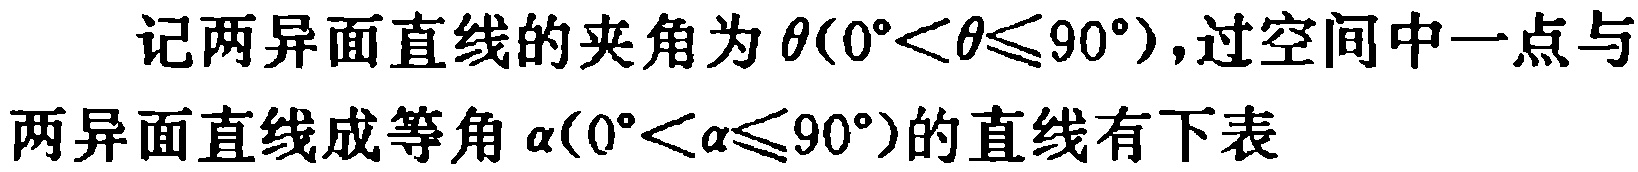
记两异面直线的夹角为\(\theta(0^{\circ}<\theta\leqslant90^{\circ})\)，过空间中一点与两异面直线成等角\(\alpha(0^{\circ}<\alpha\leqslant90^{\circ})\)的直线有下表